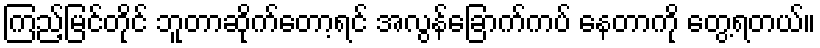
ကြည့်မြင်တိုင် ဘူတာဆိုက်တော့ရင် အလွန်ခြောက်ကပ် နေတာကို တွေ့ရတယ်။